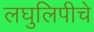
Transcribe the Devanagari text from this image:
लघुलिपीचे